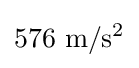
576\ \mathrm {m} /\mathrm {s} ^{2}